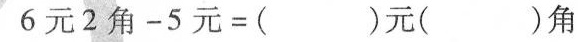
$$6 元 2 角 - 5 元 = ( ) 元 ( ) 角$$